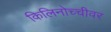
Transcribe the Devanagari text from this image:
किलिनोच्चीवर